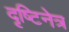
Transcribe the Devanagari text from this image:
दृष्टिनेत्र